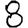
Digit: 8